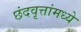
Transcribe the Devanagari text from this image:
छंदवृत्तांमध्ये